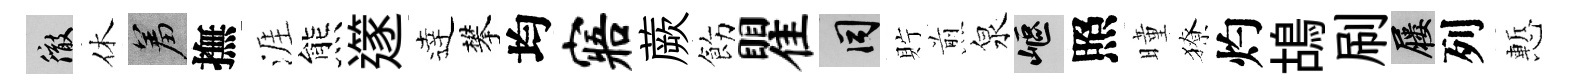
徹休羞撫涯熊𨗹逹攀均寤蕨飭瞿间貯煎泉嶇照曈獠灼鴣刷屨列慙